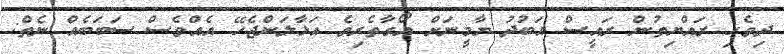
ދިވެހި ރައްޔިތުން ރައީސް އަބުދު ޔާމީނަށް އޯގާތެރިވެ އަޅާލަންޖެހޭ އެއްވެސް ސަބަބެއް ނެތް: